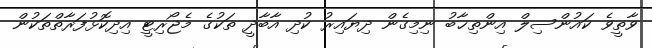
ވާތީވެ ކައުންސިލް އިންތިޚާބު ނިމިގެން ދިޔައިރު ކުދި އާބާދީ ތަކުގެ މެޖޯރިޓީ އިދިކޮޅުފަރާތްތަކުން